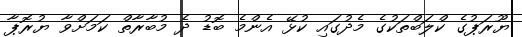
ޔޫރަޕުގެ ކްލަބްތަކުގެ މެދުގައި ކުޅޭ އެންމެ ބޮޑު ދެ މުބާރާތް ކަމަށްވާ ޔުރޮޕާ